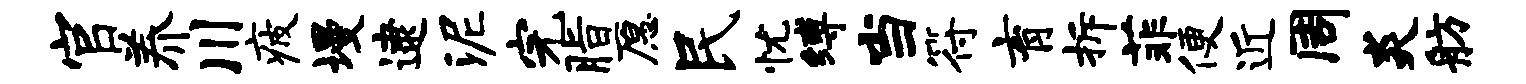
官养川疲墁逮泥完脂愿民忧缚当符育拆菲便近周炎舫